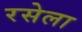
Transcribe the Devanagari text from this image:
रसेला